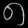
Digit: ၈